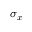
\sigma _ { x }